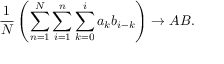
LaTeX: { \frac { 1 } { N } } \left( \sum _ { n = 1 } ^ { N } \sum _ { i = 1 } ^ { n } \sum _ { k = 0 } ^ { i } a _ { k } b _ { i - k } \right) \to A B .